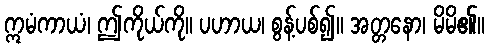
ဣမံကာယံ၊ ဤကိုယ်ကို။ ပဟာယ၊ စွန့်ပစ်၍။ အတ္တနော၊ မိမိ၏။